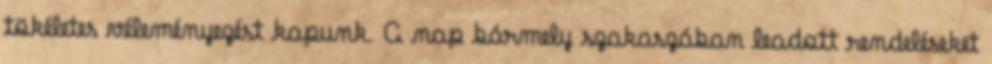
tökéletes véleményezést kapunk. A nap bármely szakaszában leadott rendeléseket